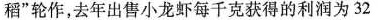
稻”轮作，去年出售小龙虾每千克获得的利润为32